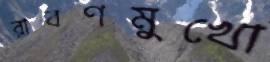
রাবণমুখো